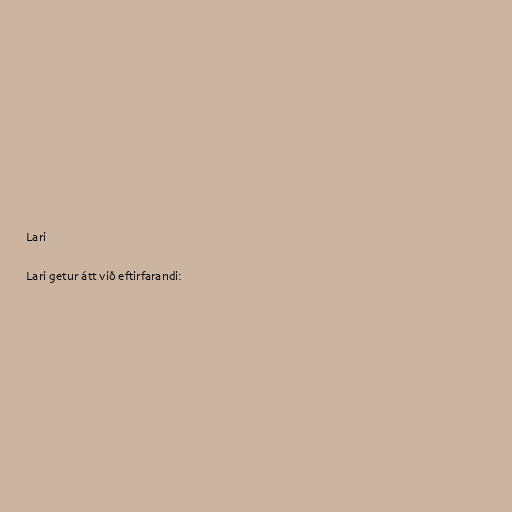
Lari

Lari getur átt við eftirfarandi: